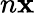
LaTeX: n\mathbf{x}